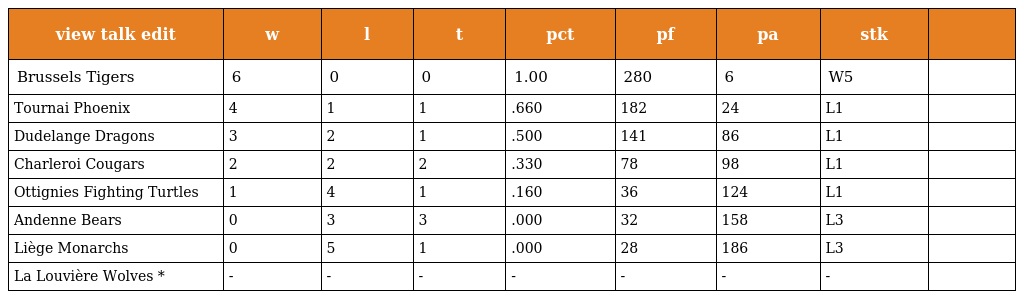
| view talk edit | w | l | t | pct | pf | pa | stk |  |
 | --- | --- | --- | --- | --- | --- | --- | --- | --- |
 | Brussels Tigers | 6 | 0 | 0 | 1.00 | 280 | 6 | W5 |  |
 | Tournai Phoenix | 4 | 1 | 1 | .660 | 182 | 24 | L1 |  |
 | Dudelange Dragons | 3 | 2 | 1 | .500 | 141 | 86 | L1 |  |
 | Charleroi Cougars | 2 | 2 | 2 | .330 | 78 | 98 | L1 |  |
 | Ottignies Fighting Turtles | 1 | 4 | 1 | .160 | 36 | 124 | L1 |  |
 | Andenne Bears | 0 | 3 | 3 | .000 | 32 | 158 | L3 |  |
 | Liège Monarchs | 0 | 5 | 1 | .000 | 28 | 186 | L3 |  |
 | La Louvière Wolves * | - | - | - | - | - | - | - |  |